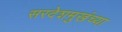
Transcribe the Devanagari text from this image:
सरदेशमुखंच्या